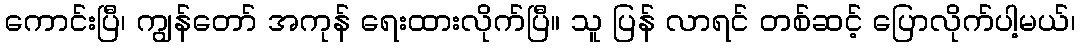
ကောင်းပြီ၊ ကျွန်တော် အကုန် ရေးထားလိုက်ပြီ။ သူ ပြန် လာရင် တစ်ဆင့် ပြောလိုက်ပါ့မယ်၊